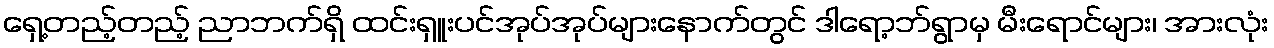
ရှေ့တည့်တည့် ညာဘက်ရှိ ထင်းရှူးပင်အုပ်အုပ်များနောက်တွင် ဒါရော့ဘ်ရွာမှ မီးရောင်များ၊ အားလုံး